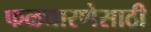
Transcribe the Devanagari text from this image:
फळधारणेसाठी